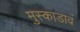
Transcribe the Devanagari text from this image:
मुस्काडावं